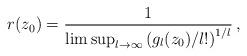
LaTeX: \begin{align*} r(z_0) = \frac{1}{\limsup_{l\to\infty}\left(g_l(z_0)/l!\right)^{1/l}} \,, \end{align*}